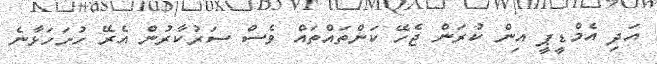
އަދި އެމްޑީޕީ އިން ކުރަން ޖެހޭ ކަންތައްތައް ވެސް ސަރުކާރުން އެރޭ ހުށަހަޅާނެ